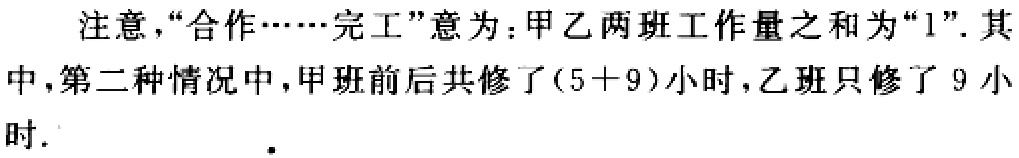
注意，“合作……完工”意为：甲乙两班工作量之和为“1”. 其中，第二种情况中，甲班前后共修了\((5 + 9)\)小时，乙班只修了 9 小时.